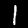
Label: 1